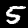
Digit: 5